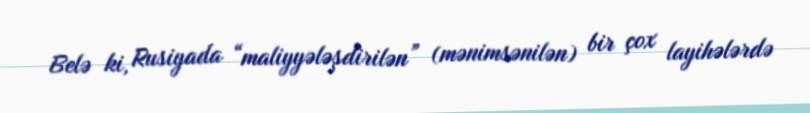
Belə ki, Rusiyada “maliyyələşdirilən” (mənimsənilən) bir çox layihələrdə